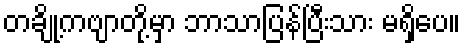
တချို့ကဗျာတို့မှာ ဘာသာပြန်ပြီးသား မရှိပေ။